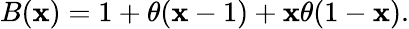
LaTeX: B(\mathbf{x})=1+\theta(\mathbf{x}-1)+\mathbf{x}\theta(1-\mathbf{x}).